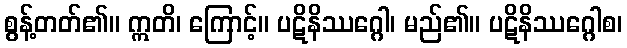
စွန့်တတ်၏။ ဣတိ၊ ကြောင့်။ ပဋိနိဿဂ္ဂေါ၊ မည်၏။ ပဋိနိဿဂ္ဂေါစ၊